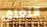
التعلق